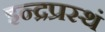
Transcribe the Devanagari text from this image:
इन्द्रप्रस्थं